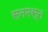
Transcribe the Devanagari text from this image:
सनमस्त